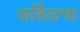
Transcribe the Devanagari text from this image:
अर्बिलचा